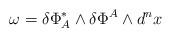
LaTeX: \begin{align*}\omega= \delta \Phi_A^\ast\wedge \delta\Phi^A\wedge d^nx\end{align*}